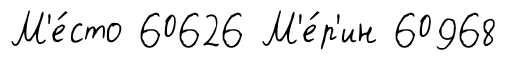
М'е́сто 60626 М'е́р'ин 60968